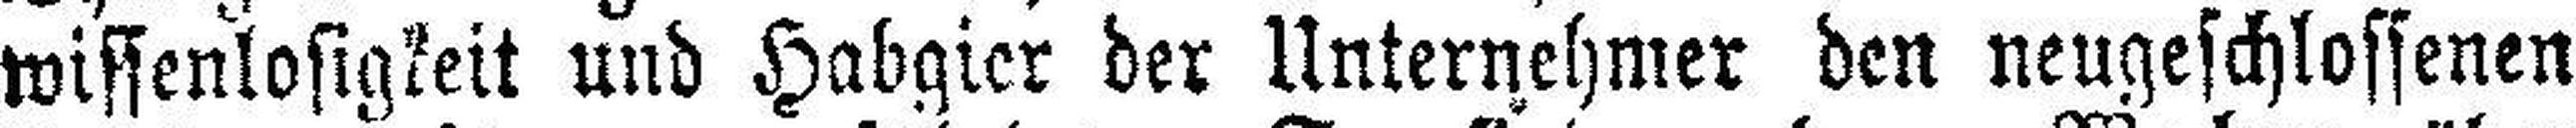
wissenlosigkeit und Habgier der Unternehmer den neugeschlossenen